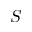
S